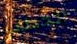
الخطاب